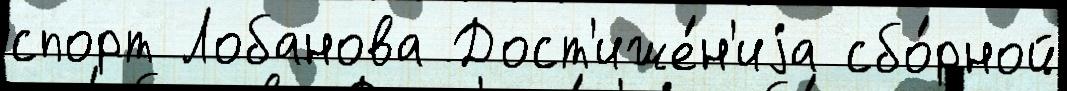
спорт Лобанова Дост'иже́н'иjа сбо́рной